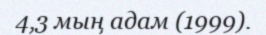
4,3 мың адам (1999).